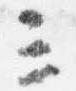
三